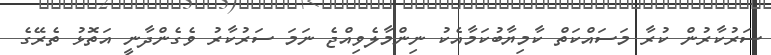
ސަރުކާރުން ކުރާ މަސައްކަތް ކާމިޔާބުކަމާއެކު ނިންމާލެވިއްޖެ ނަމަ ސަރުކާރު ވެގެންދާނީ އަތޮޅު ތެރޭގެ